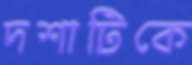
দশাটিকে